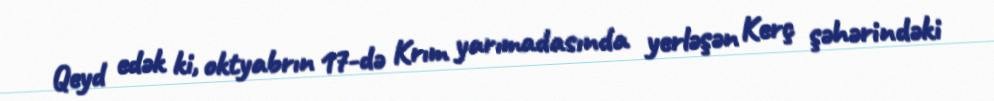
Qeyd edək ki, oktyabrın 17-də Krım yarımadasında yerləşən Kerç şəhərindəki